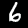
Digit: 6